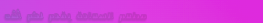
مطعم السعادة يقدم لكم أشه